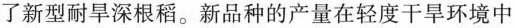
了新型耐旱深根稻。新品种的产量在轻度干旱环境中